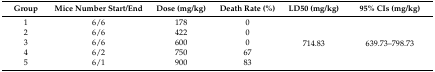
<table><thead><tr><td><b>Group</b></td><td><b>Mice Number Start/End</b></td><td><b>Dose (mg/kg)</b></td><td><b>Death Rate (%)</b></td><td><b>LD50 (mg/kg)</b></td><td><b>95% CIs (mg/kg)</b></td></tr></thead><tbody><tr><td>1</td><td>6/6</td><td>178</td><td>0</td><td rowspan="5">714.83</td><td rowspan="5">639.73–798.73</td></tr><tr><td>2</td><td>6/6</td><td>422</td><td>0</td></tr><tr><td>3</td><td>6/6</td><td>600</td><td>0</td></tr><tr><td>4</td><td>6/2</td><td>750</td><td>67</td></tr><tr><td>5</td><td>6/1</td><td>900</td><td>83</td></tr></tbody></table>